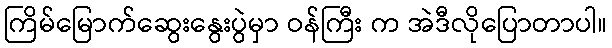
ကြိမ်မြောက်ဆွေးနွေးပွဲမှာ ဝန်ကြီး က အဲဒီလိုပြောတာပါ။